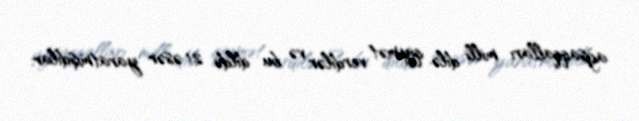
ağsaqqalları milli dilə qiymət verdilər və bu dildə 21 əsər yaratmışdılar.